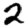
Digit: 2